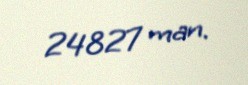
24827 man.